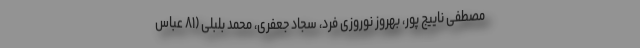
مصطفی ناییج پور، بهروز نوروزی فرد، سجاد جعفری، محمد بلبلی (٨١ عباس